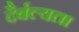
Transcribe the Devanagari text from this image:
दैर्बल्यता